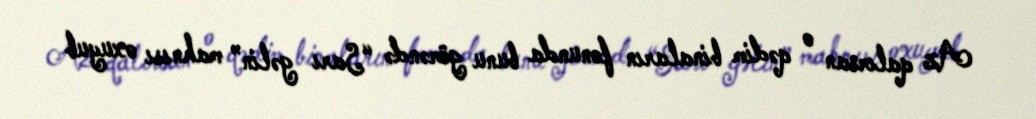
Az qalırsan o qədim binaların fonunda bunu görəndə “Sarı gəlin” mahnısı oxuyub